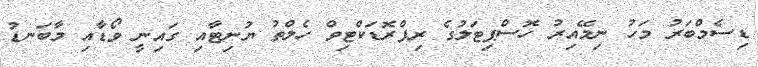
ޑިސެމްބަރު މަހު ނިމޭއިރު ހޮސްޕިޓަލުގެ ރިޕްރޮޑަކްޓިވް ހެލްތު ޔުނިޓާއި ގައިނީ ވޯޑާއި މާބަނޑު